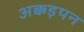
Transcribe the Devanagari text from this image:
अक्कड़पन